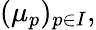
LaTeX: (\mu_{p})_{p\in I},